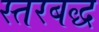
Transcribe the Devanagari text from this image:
स्तरबद्ध